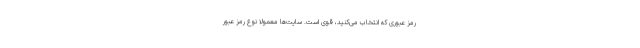
رمز عبوری که انتخاب می‌کنید، قوی است. سایت‌ها معمولاً نوع رمز عبور